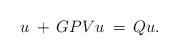
LaTeX: \begin{align*} u\;+\,GPVu\;=\,Qu.\end{align*}